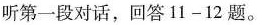
听第一段对话,回答 11-12 题.。